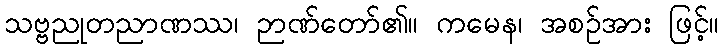
သဗ္ဗညုတညာဏဿ၊ ဉာဏ်တော်၏။ ကမေန၊ အစဉ်အား ဖြင့်။